Scottish Certificate of Education, 1962
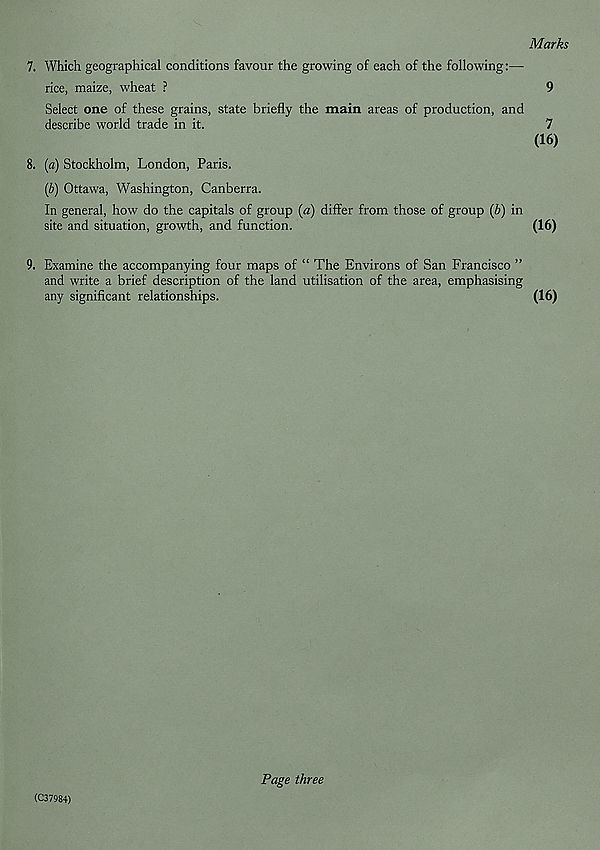
Marks
7. Which geographical conditions favour the growing of each of the following:—
rice, maize, wheat ?
9
Select one of these grains, state briefly the main areas of production, and
describe world trade in it.
7
(16)
8. (a) Stockholm, London, Paris.
(b) Ottawa, Washington, Canberra.
In general, how do the capitals of group {a) differ from those of group (b) in
site and situation, growth, and function.
(16)
9. Examine the accompanying four maps of “ The Environs of San Francisco ”
and write a brief description of the land utilisation of the area, emphasising
any significant relationships.
(16)
(C37984)
Page three